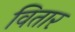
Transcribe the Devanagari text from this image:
वितार